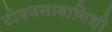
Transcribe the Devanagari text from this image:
टोपणनावानिशी